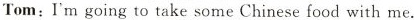
Tom:I'm going to take some Chinese food with me.